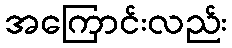
အကြောင်းလည်း